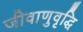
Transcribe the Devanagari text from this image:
जीवाणुवृद्धि